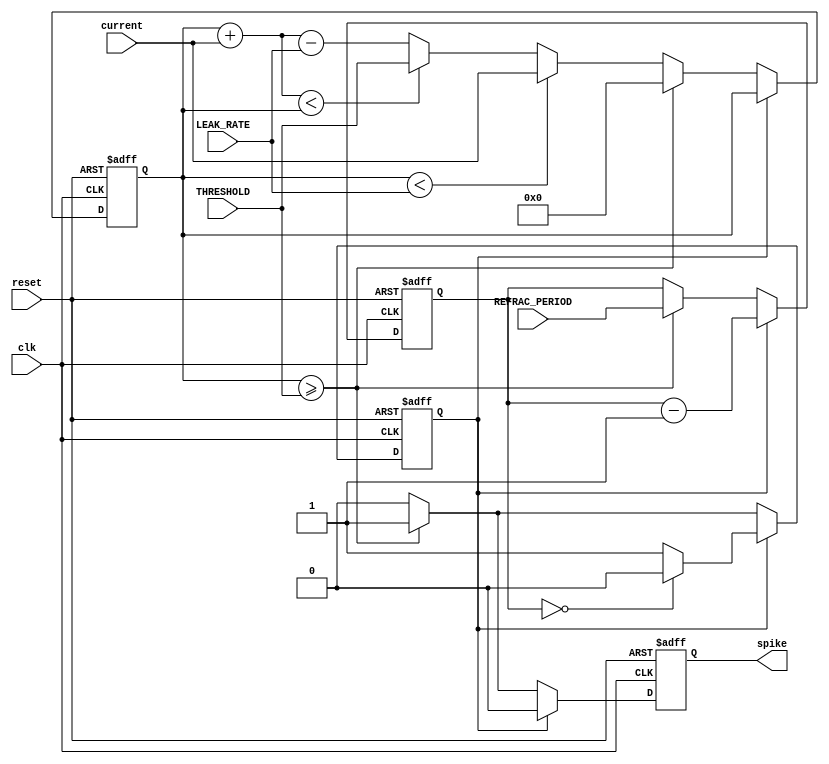
module leaky_integrate_fire_neuron (
    input clk,                  // clock input
    input reset,                // asynchronous reset
    input [7:0] current,        // 8-bit current input
    input [7:0] THRESHOLD,      // spiking threshold
    input [7:0] LEAK_RATE,      // decrease by 1 per cycle
    input [7:0] REFRAC_PERIOD,  // refractory period in cycles
    output reg spike            // output spike signal
);

    // Internal states
    reg [7:0] membrane_potential = 8'd0; // current value of the membrane potential
    reg [7:0] refrac_counter = 8'd0; // refractory period counter
    reg in_refrac = 0; // refractory period flag

    // On every clock cycle
    always @(posedge clk or posedge reset) begin
        if (reset) begin
            membrane_potential <= 8'd0;
            refrac_counter <= 8'd0;
            in_refrac <= 0;
            spike <= 0;
        end else begin
            spike <= 0; // By default, reset the spike signal
            
            if(in_refrac) begin
                refrac_counter <= refrac_counter - 1'b1;
                if(refrac_counter == 8'd0) in_refrac <= 0;
            end else begin
                // Check for potential underflow
                if (membrane_potential < LEAK_RATE) begin
                    membrane_potential <= current; // Directly set to current
                end else if (membrane_potential + current < membrane_potential) begin
                    // Potential overflow detected, clamp to THRESHOLD
                    membrane_potential <= THRESHOLD;
                end else begin
                    membrane_potential <= membrane_potential + current - LEAK_RATE;
                end
                
                // Check for spiking
                if (membrane_potential >= THRESHOLD) begin
                    membrane_potential <= 8'd0;
                    spike <= 1;
                    in_refrac <= 1;
                    refrac_counter <= REFRAC_PERIOD;
                end 
            end
        end
    end

endmodule